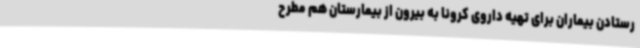
رستادن بیماران برای تهیه داروی کرونا به بیرون از بیمارستان هم مطرح